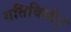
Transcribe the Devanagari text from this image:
गतिविधी।